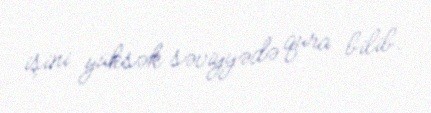
işini yüksək səviyyədə qura bilib.